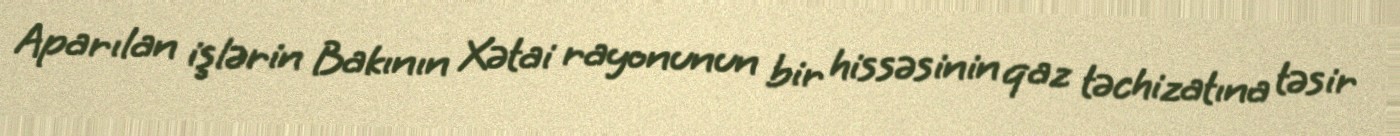
Aparılan işlərin Bakının Xətai rayonunun bir hissəsinin qaz təchizatına təsir